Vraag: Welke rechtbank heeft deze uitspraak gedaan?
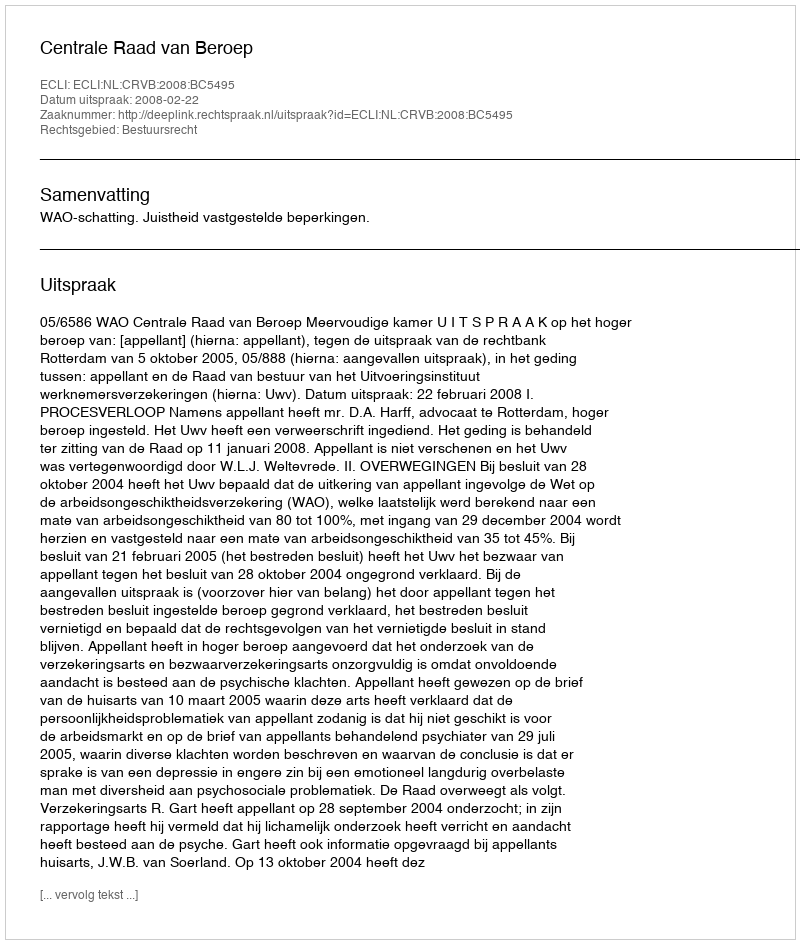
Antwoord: Centrale Raad van Beroep